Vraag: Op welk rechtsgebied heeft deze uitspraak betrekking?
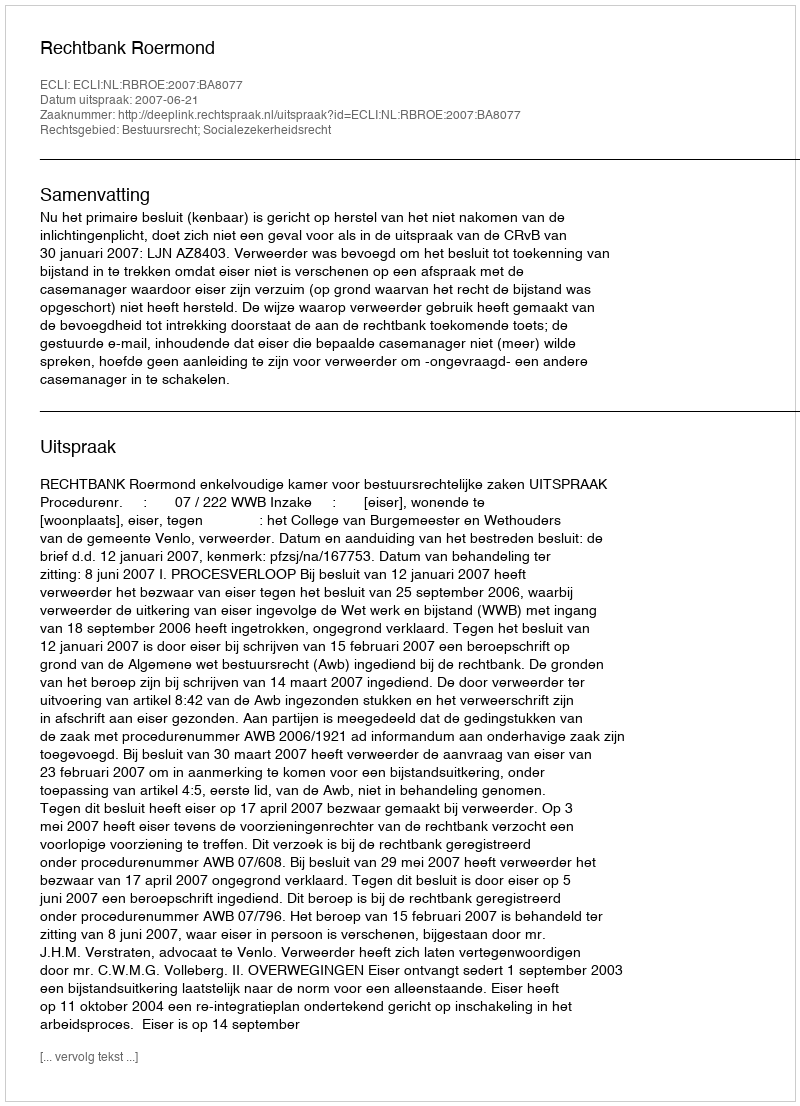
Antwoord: Bestuursrecht; Socialezekerheidsrecht